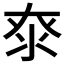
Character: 𰛖